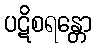
ပဋိစရန္တော